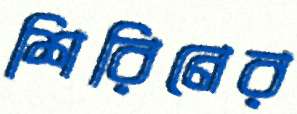
শিরিনের